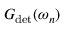
G _ { \mathrm { d e t } } ( \omega _ { n } )